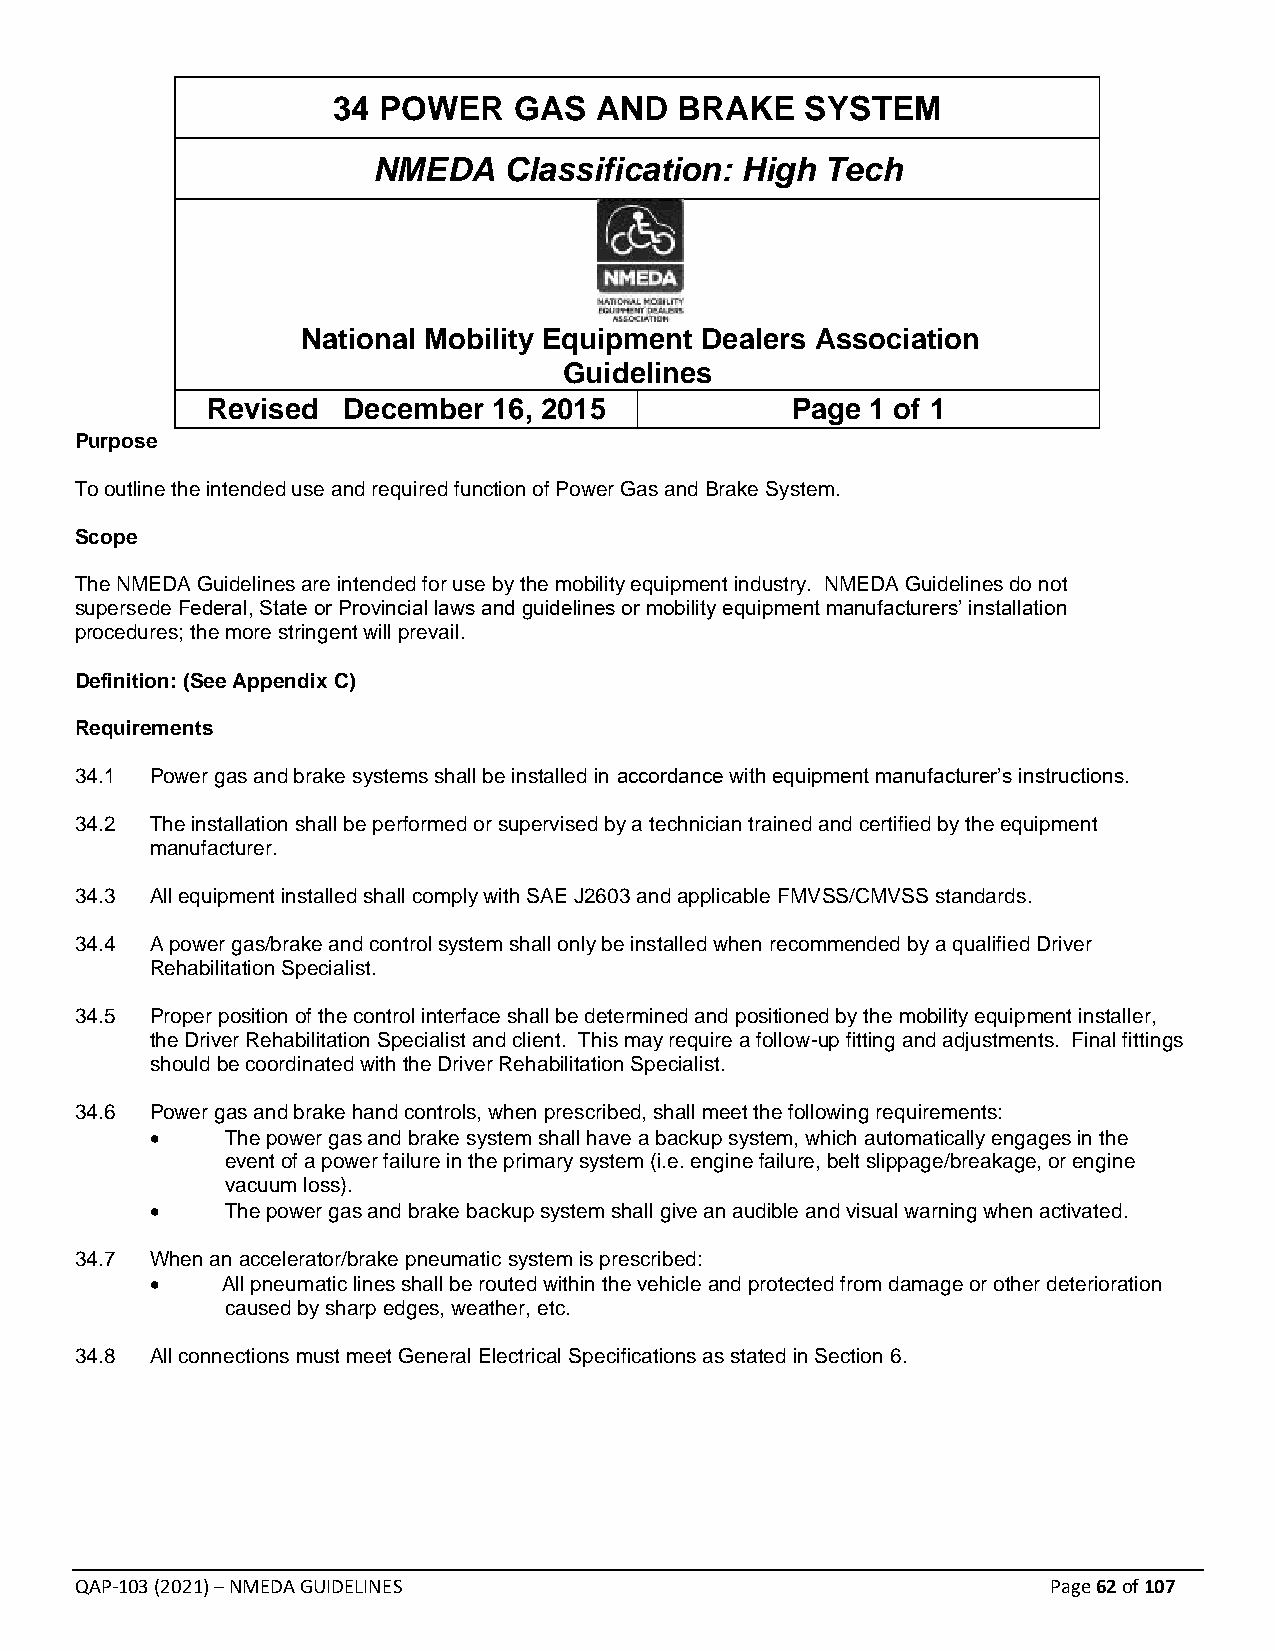
34 POWER    GAS  AND   BRAKE   SYSTEM
 NMEDA   Classification: High  Tech
 National Mobility Equipment Dealers Association
 Guidelines
 Revised  December  16, 2015           Page  1 of 1
 Purpose
 To outline the intended use and required function of Power Gas and Brake System.
 Scope
 The NMEDA Guidelines are intended for use by the mobility equipment industry. NMEDA Guidelines do not
 supersede Federal, State or Provincial laws and guidelines or mobility equipment manufacturers’ installation
 procedures; the more stringent will prevail.
 Definition: (See Appendix C)
 Requirements
 34.1 Power gas and brake systems shall be installed in accordance with equipment manufacturer’s instructions.
 34.2 The installation shall be performed or supervised by a technician trained and certified by the equipment
 manufacturer.
 34.3 All equipment installed shall comply with SAE J2603 and applicable FMVSS/CMVSS standards.
 34.4 A power gas/brake and control system shall only be installed when recommended by a qualified Driver
 Rehabilitation Specialist.
 34.5 Proper position of the control interface shall be determined and positioned by the mobility equipment installer,
 the Driver Rehabilitation Specialist and client. This may require a follow-up fitting and adjustments. Final fittings
 should be coordinated with the Driver Rehabilitation Specialist.
 34.6 Power gas and brake hand controls, when prescribed, shall meet the following requirements:
 •    The power gas and brake system shall have a backup system, which automatically engages in the
 event of a power failure in the primary system (i.e. engine failure, belt slippage/breakage, or engine
 vacuum loss).
 •    The power gas and brake backup system shall give an audible and visual warning when activated.
 34.7 When an accelerator/brake pneumatic system is prescribed:
 •    All pneumatic lines shall be routed within the vehicle and protected from damage or other deterioration
 caused by sharp edges, weather, etc.
 34.8 All connections must meet General Electrical Specifications as stated in Section 6.
 QAP-103 (2021) – NMEDA GUIDELINES                                Page 62 of 107